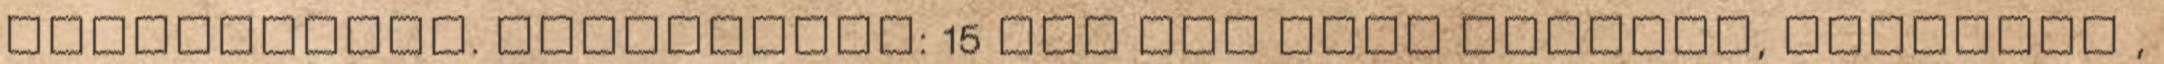
fűszerezzük. Hozzávalók: 15 dkg kék sajt márvány, rockfort ,